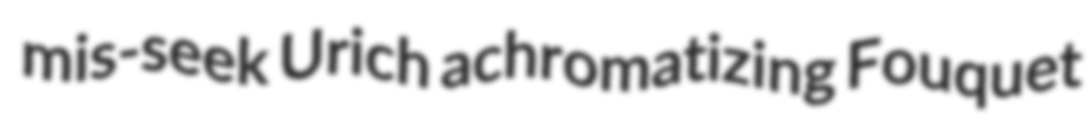
mis-seek Urich achromatizing Fouquet